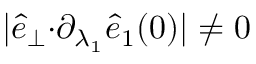
\vert \hat { e } _ { \perp } { \cdot } \partial _ { \lambda _ { 1 } } \hat { e } _ { 1 } ( 0 ) \vert \neq 0